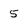
Character: 5